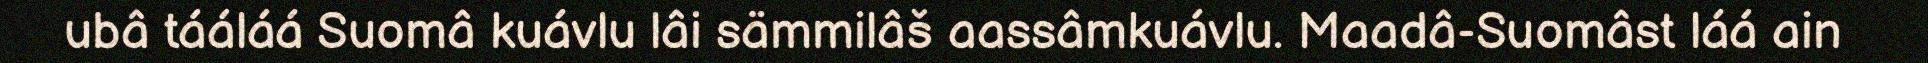
ubâ tááláá Suomâ kuávlu lâi sämmilâš aassâmkuávlu. Maadâ-Suomâst láá ain